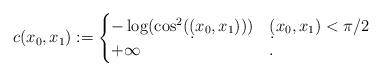
LaTeX: \begin{align*}c(x_0,x_1) := \begin{cases}-\log(\cos^2(\d(x_0,x_1)))&\d(x_0,x_1) < \pi/2 \\+\infty &.\end{cases}\end{align*}